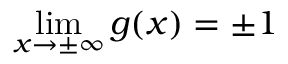
\operatorname* { l i m } _ { x \to \pm \infty } g ( x ) = \pm 1